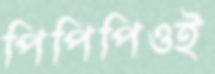
পিপিপিওই